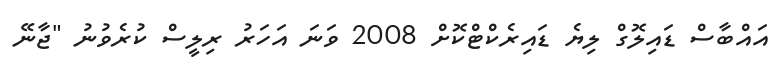
އައްބާސް ޑައިލޮގް ލިޔެ ޑައިރެކްޓްކޮށް 2008 ވަނަ އަހަރު ރިލީސް ކުރެވުނު "ޖާނޭ